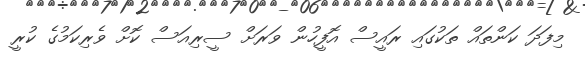
މިފަދަ ކަންތައް ތަކުގައި ރައީސް އޮފީހުން ވަރަށް ސީރިއަސް ކޮށް ވެރިކަމުގެ ކުރީ